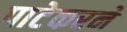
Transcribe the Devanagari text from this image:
पाटेकरने